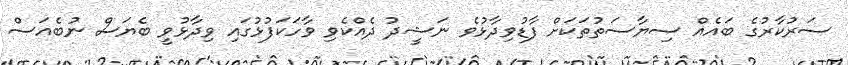
ސަރުކާރުގެ ބައެއް ސިޔާސަތުތަކަށް ފާޑުވިދާޅުވެ ނަޝީދު ދެއްކެވި ވާހަކަފުޅުގައި ވިދާޅުވީ ބެޔަސް ނުބެއަސް